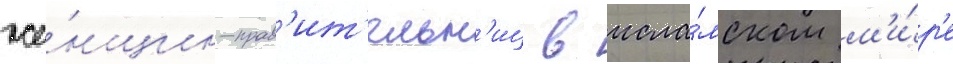
же́нщин-прав'ит'ельн'иц в исла́мском м'и́р'е